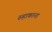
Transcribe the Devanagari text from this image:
रुहाकाना